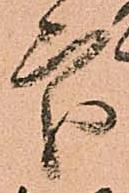
處